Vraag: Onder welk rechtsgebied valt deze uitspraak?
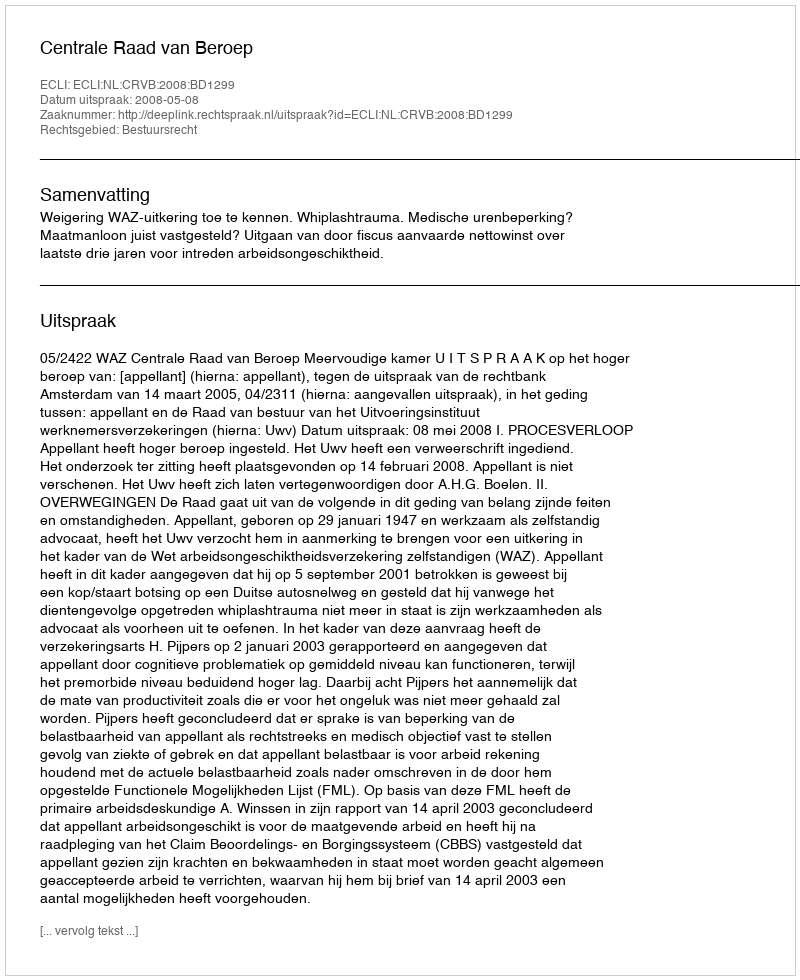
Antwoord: Bestuursrecht